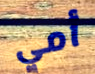
أمي